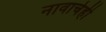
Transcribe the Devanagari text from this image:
नावाचेही